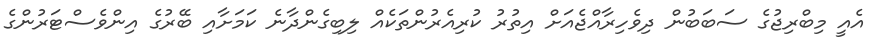
އެއީ މިބްރިޖުގެ ސަބަބުން ދިވެހިރާއްޖެއަށް އިތުރު ކުރިއެރުންތަކެއް ލިބިގެންދާނެ ކަމަށާއި ބޭރުގެ އިންވެސްޓަރުންގެ